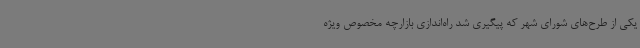
یکی از طرح‌های شورای شهر که پیگیری شد راه‌اندازی بازارچه مخصوص ویژه